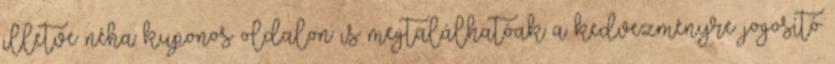
illetve néha kuponos oldalon is megtalálhatóak a kedvezményre jogosító